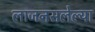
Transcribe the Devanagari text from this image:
लाजनसलेल्या